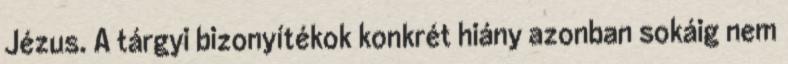
Jézus. A tárgyi bizonyítékok konkrét hiány azonban sokáig nem